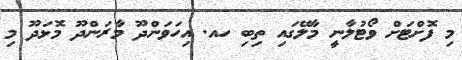
މި ފޮށްޓަށް ވޯޓުލާނީ މާލޭގައި ތިބި ހއ. އިހަވަންދޫ މާރަންދޫ މޮޅަދޫ މި